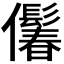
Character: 𪝾